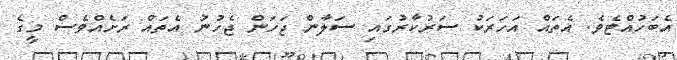
އެބަހުއްޓެވެ. އެތައް އަހަރަކު ސަރުކާރުގައި ސަލާން ޖަހަން ޖެހުނު އެތައް ރަށެއްވެސް މީގެ